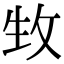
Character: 𤯛